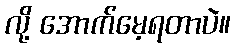
လို့ အောက်မေ့ရတာပဲ။